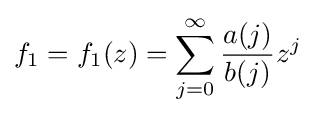
f_{1}=f_{1}(z)=\sum _{j=0}^{\infty }{\frac {a(j)}{b(j)}}z^{j}